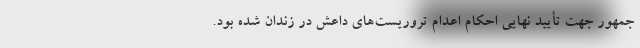
‌جمهور جهت تأیید نهایی احکام اعدام تروریست‌های داعش در زندان شده بود.